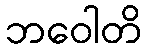
ဘဝေါတိ